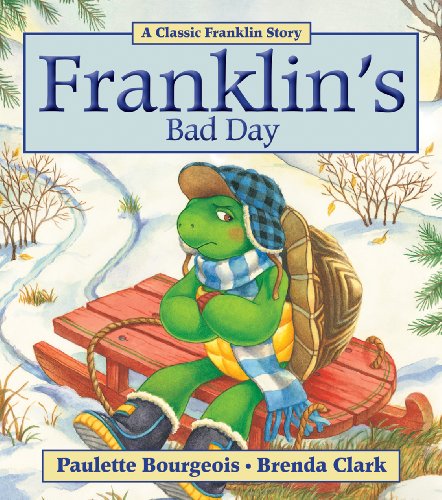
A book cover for Franklin's Bad Day; Paulette Bourgeois; Children's Books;